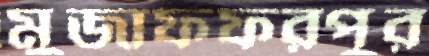
মুজাফফরপুর